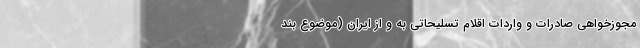
مجوزخواهی صادرات و واردات اقلام تسلیحاتی به و از ایران (موضوع بند